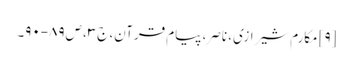
[۹] مکارم شیرازی، ناصر، پیام قرآن، ج‌۳، ص‌۸۹-۹۰۔